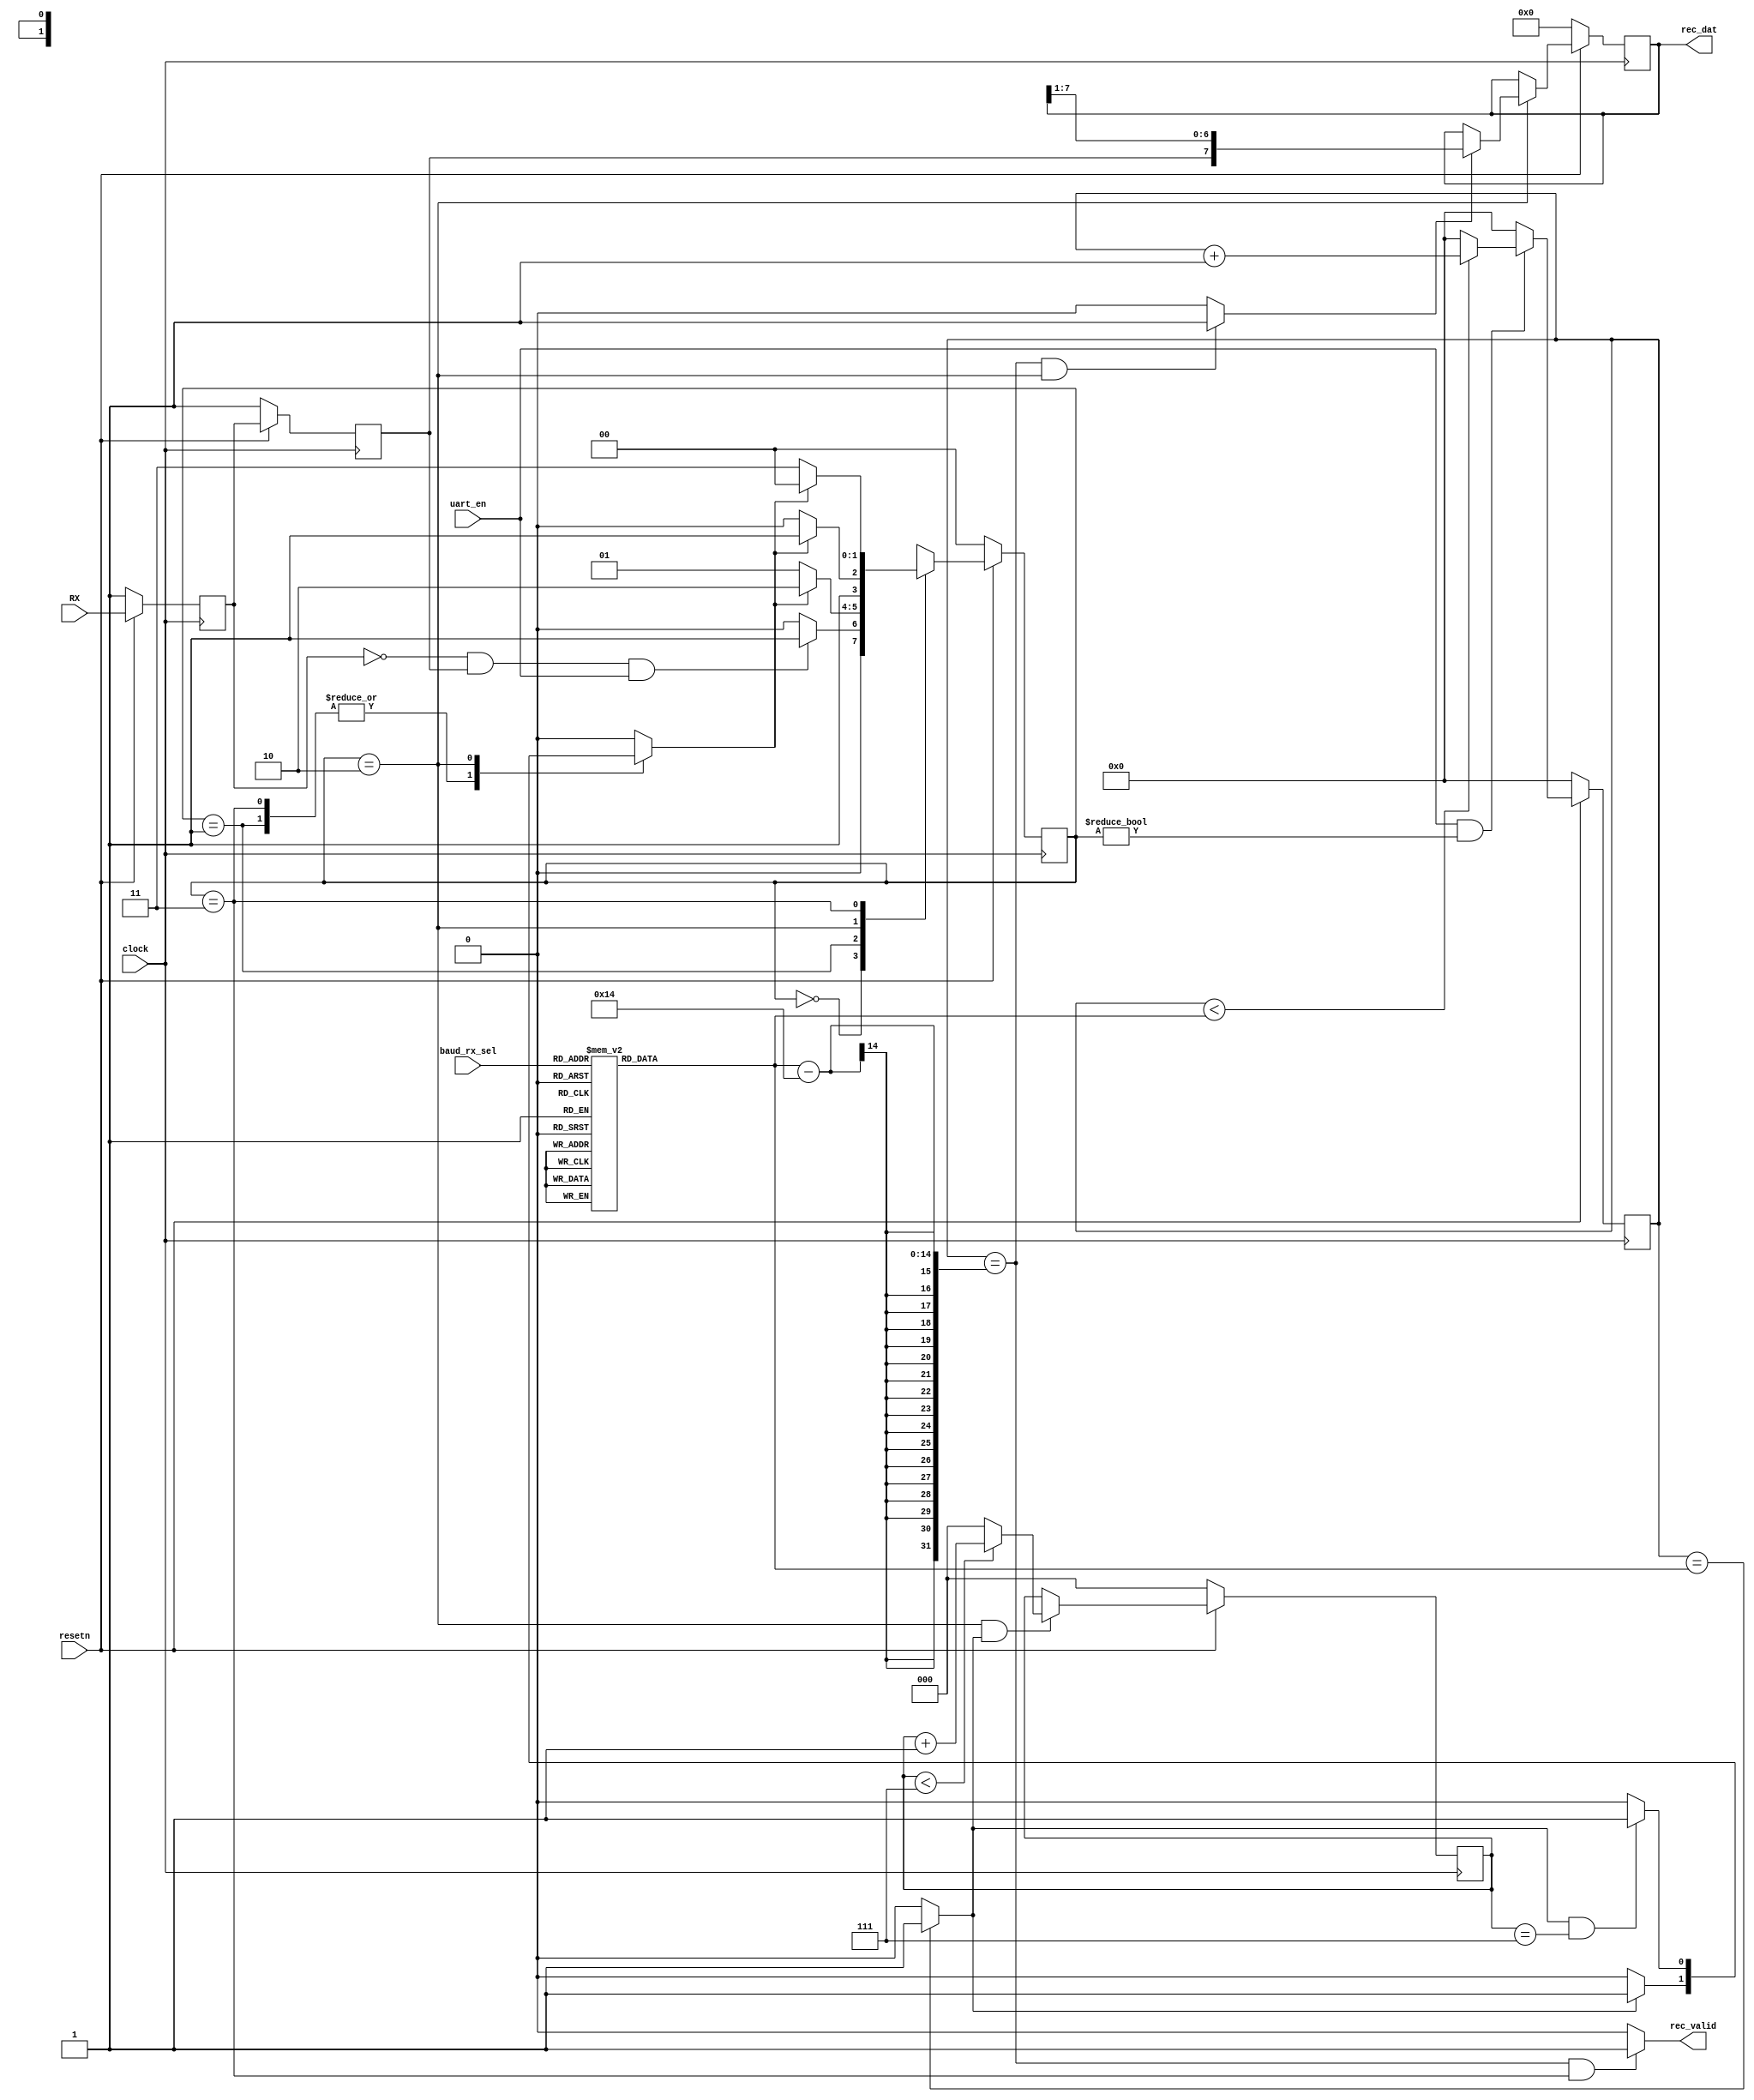
`define IDLE  2'b00
`define START 2'b01
`define DATA  2'b10
`define STOP  2'b11

module uart_rx (
	input wire 			clock,
	input wire 			resetn,
	// from reg
	input wire 			uart_en,
	input wire [2:0]	baud_rx_sel,
	// UART 
	input wire 			RX,
	output wire			rec_valid,
	output reg 	[7:0]	rec_dat
);

wire 		baud_time;
reg [13:0] 	baud_cnt, baud_cnt_num;
reg 		state_end;
reg [2:0]	data_cnt;

reg [1:0] 	state_rx, next_rx;

// baud rate generator
// system clock: 100Mhz
// 
// 9600, 19200, 38400, 57600, 115200, 230400, 460800, 921600
// sys clock  period:  10ns 
// 9600: 1 bit priod = 104166 ns --> 10416 count --> Half: 5208 count 

wire 	start_rx;
reg 	RX_, RX__;

// sync, RX START detection
always @ (posedge clock) begin
	if ( resetn == 1'b0) begin 
		RX_ 	<= 1'b1;
		RX__	<= 1'b1;
	end
	else begin
		RX_		<= RX;
		RX__	<= RX_;
	end
end

assign start_rx = !RX_ && RX__;

// baud_cnt_num
always @ (*) begin 
	case (baud_rx_sel)
		3'b000:    baud_cnt_num =   14'd10416;
		3'b001:    baud_cnt_num =   14'd5208;
		3'b010:    baud_cnt_num =   14'd2604;
		3'b011:    baud_cnt_num =   14'd1736;
		3'b100:    baud_cnt_num =   14'd868;
		3'b101:    baud_cnt_num =   14'd434;
		3'b110:    baud_cnt_num =   14'd217;
		3'b111:    baud_cnt_num =   14'd108;
		default:   baud_cnt_num = 	14'd10416;
	endcase
end

// clock counter for baud rate
always @ ( posedge clock ) begin 
	if (resetn == 1'b0) begin
		baud_cnt <=  13'd0;
	end
	else begin 
		if ( uart_en == 1'b1 && state_rx != `IDLE ) begin 
			if ( baud_cnt < baud_cnt_num ) 
				baud_cnt <= baud_cnt + 13'd1;
			else 
				baud_cnt <= 13'd0;
		end
		else begin 
			baud_cnt <= 13'd0;
		end
	end
end

// point of each baud rate period
assign baud_time 	= (baud_cnt == baud_cnt_num ) 		? 1'b1 : 1'b0;
assign latch_time 	= (baud_cnt == (baud_cnt_num - 20) && (state_rx == `DATA)) ? 1'b1 : 1'b0;
assign rec_valid 	= (baud_cnt == (baud_cnt_num - 20) && (state_rx == `STOP)) ? 1'b1 : 1'b0;

// state_end
always @ (*) begin 
	case (state_rx)
		`START,
		`STOP: 		if (baud_time == 1'b1)  	state_end = 1'b1;
					else 						state_end = 1'b0;
		`DATA: 		if (baud_time == 1'b1 & data_cnt == 3'd7 )  	
												state_end = 1'b1;
					else 						state_end = 1'b0;
		default: 								state_end = 1'b0;	
	endcase
end

// data_cnt
always @ (posedge clock) begin
	if (resetn == 1'b0 ) begin
		data_cnt <= 3'd0;
	end
	else begin
		if (state_rx == `DATA && baud_time == 1'b1 ) begin
			if ( data_cnt < 3'd7 ) 	data_cnt <= data_cnt + 3'd1;
			else 					data_cnt <= 3'd0;
		end
	end
end

// state_rx machine
always @(*) begin
	case( state_rx )
		`IDLE:		if (start_rx == 1'b1 && uart_en == 1'b1 ) 	next_rx = `START;
					else 				next_rx = `IDLE;
		`START:		if (state_end )		next_rx = `DATA;
					else 				next_rx = `START;
		`DATA:		if (state_end )		next_rx = `STOP;
					else 				next_rx = `DATA;
		`STOP:		if (state_end)		next_rx = `IDLE;
					else 				next_rx = `STOP;
		default: next_rx = `IDLE;
	endcase
end

// state_rx
always @ (posedge clock ) begin
	if (resetn == 1'b0 ) begin
		state_rx <= `IDLE;
	end
	else begin
		state_rx <= next_rx;
	end
end


// RX data
always @ (posedge clock) begin 
	if (resetn == 1'b0) begin
		rec_dat <= 8'h00;
	end
	else begin
		if ( state_rx == `DATA ) begin
			if (latch_time) rec_dat 	<=	{RX__, rec_dat[7:1]};
		end
	end
end 


endmodule